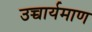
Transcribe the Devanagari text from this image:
उच्चार्यमाण